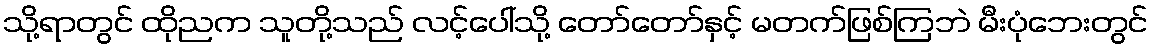
သို့ရာတွင် ထိုညက သူတို့သည် လင့်ပေါ်သို့ တော်တော်နှင့် မတက်ဖြစ်ကြဘဲ မီးပုံဘေးတွင်